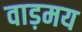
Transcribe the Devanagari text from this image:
वाड़मय